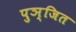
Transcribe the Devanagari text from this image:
पुञ्जित